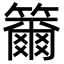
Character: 籋